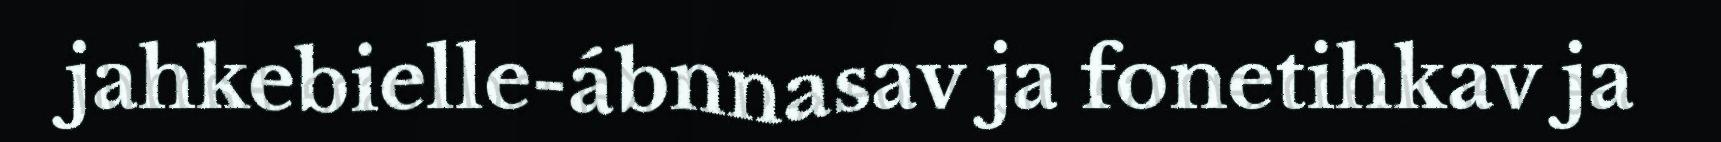
jahkebielle-ábnnasav ja fonetihkav ja